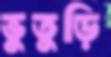
ভুতুড়ি